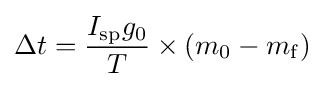
\Delta {t}={\frac {I_{\mathrm {sp} }g_{\mathrm {0} }}{T}}\times (m_{\mathrm {0} }-m_{\mathrm {f} })